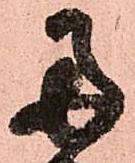
両